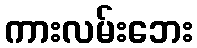
ကားလမ်းဘေး